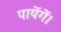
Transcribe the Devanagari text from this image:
पायेंगें।